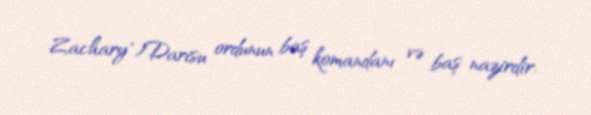
Zachary")Darisu ordunun baş komandanı və baş nazirdir.